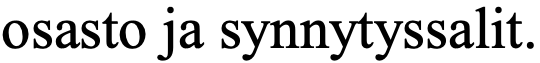
osasto ja synnytyssalit.